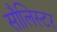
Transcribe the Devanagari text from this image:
सौलिस्टर